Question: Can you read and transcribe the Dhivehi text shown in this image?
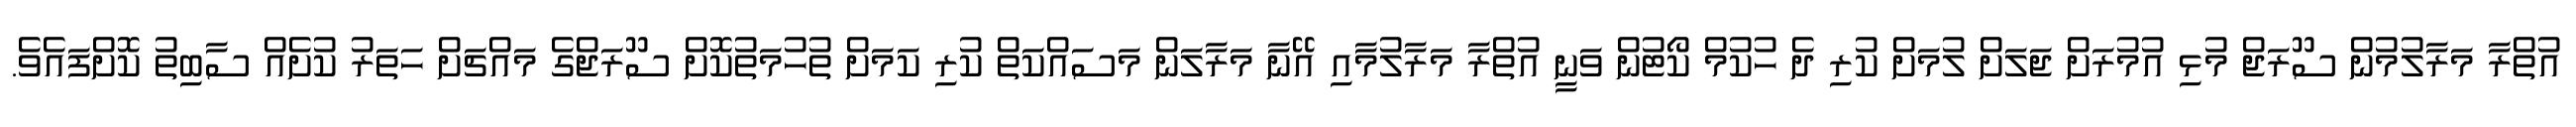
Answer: އުތްރާ މަރާލުމުން ސޫރަޖް މުޅި އުމުރަށް ޖަލަށް ލުމަށް ކުރި ދެ ހުކުމް ކޯޓުން ވަނީ އުތްރާ މަރާލުމާއި އޭނާ މަރާލަން މަސައްކަތް ކުރި ކަމަށް ތުހުމަތުކޮށް ސޫރަޖްގެ މައްޗަށް ހަތަރު ކުށެއް ސާބިތު ކޮށްފައެވެ.